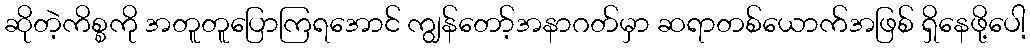
ဆိုတဲ့ကိစ္စကို အတူတူပြောကြရအောင် ကျွန်တော့်အနာဂတ်မှာ ဆရာတစ်ယောက်အဖြစ် ရှိနေဖို့ပေါ့